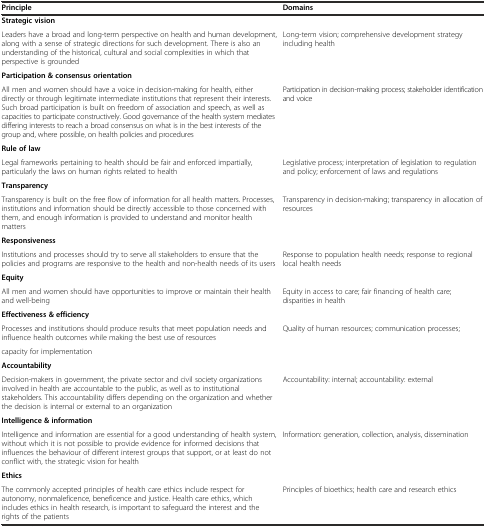
| Principle | Domains |
 | --- | --- |
 | Strategic vision |  |
 | Leaders have a broad and long-term perspective on health and human development, along with a sense of strategic directions for such development. There is also an understanding of the historical, cultural and social complexities in which that perspective is grounded | Long-term vision; comprehensive development strategy including health |
 | Participation & consensus orientation |  |
 | All men and women should have a voice in decision-making for health, either directly or through legitimate intermediate institutions that represent their interests. Such broad participation is built on freedom of association and speech, as well as capacities to participate constructively. Good governance of the health system mediates differing interests to reach a broad consensus on what is in the best interests of the group and, where possible, on health policies and procedures | Participation in decision-making process; stakeholder identification and voice |
 | Rule of law |  |
 | Legal frameworks pertaining to health should be fair and enforced impartially, particularly the laws on human rights related to health | Legislative process; interpretation of legislation to regulation and policy; enforcement of laws and regulations |
 | Transparency |  |
 | Transparency is built on the free flow of information for all health matters. Processes, institutions and information should be directly accessible to those concerned with them, and enough information is provided to understand and monitor health matters | Transparency in decision-making; transparency in allocation of resources |
 | Responsiveness |  |
 | Institutions and processes should try to serve all stakeholders to ensure that the policies and programs are responsive to the health and non-health needs of its users | Response to population health needs; response to regional local health needs |
 | Equity |  |
 | All men and women should have opportunities to improve or maintain their health and well-being | Equity in access to care; fair financing of health care; disparities in health |
 | Effectiveness & efficiency |  |
 | Processes and institutions should produce results that meet population needs and influence health outcomes while making the best use of resources | Quality of human resources; communication processes; |
 | capacity for implementation |  |
 | Accountability |  |
 | Decision-makers in government, the private sector and civil society organizations involved in health are accountable to the public, as well as to institutional stakeholders. This accountability differs depending on the organization and whether the decision is internal or external to an organization | Accountability: internal; accountability: external |
 | Intelligence & information |  |
 | Intelligence and information are essential for a good understanding of health system, without which it is not possible to provide evidence for informed decisions that influences the behaviour of different interest groups that support, or at least do not conflict with, the strategic vision for health | Information: generation, collection, analysis, dissemination |
 | Ethics |  |
 | The commonly accepted principles of health care ethics include respect for autonomy, nonmaleficence, beneficence and justice. Health care ethics, which includes ethics in health research, is important to safeguard the interest and the rights of the patients | Principles of bioethics; health care and research ethics |